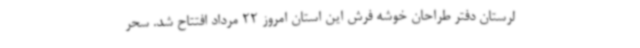
لرستان دفتر طراحان خوشه فرش این استان امروز 22 مرداد افتتاح شد. سحر